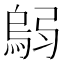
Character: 𫸼